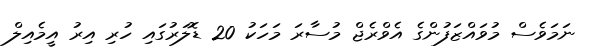
ނަމަވެސް މުވައްޒަފުންގެ އެވްރެޖް މުސާރަ މަހަކު 20 ޑޮލަރުގައި ހުރި އިރު އީމެއިލް